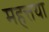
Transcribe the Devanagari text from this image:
महत्तया